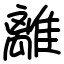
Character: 離